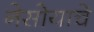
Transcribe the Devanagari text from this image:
नेसोयाचे